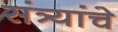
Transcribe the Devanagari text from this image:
संत्र्यांचे